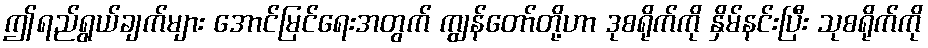
ဤရည်ရွယ်ချက်များ အောင်မြင်ရေးအတွက် ကျွန်တော်တို့ဟာ ဒုစရိုက်ကို နှိမ်နင်းပြီး သုစရိုက်ကို